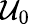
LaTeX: \mathcal{U}_{0}